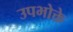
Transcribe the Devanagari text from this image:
उपभोक्ते